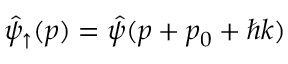
\hat { \psi } _ { \uparrow } ( p ) = \hat { \psi } ( p + p _ { 0 } + \hbar k )